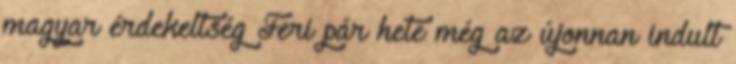
magyar érdekeltség Feri pár hete még az újonnan indult